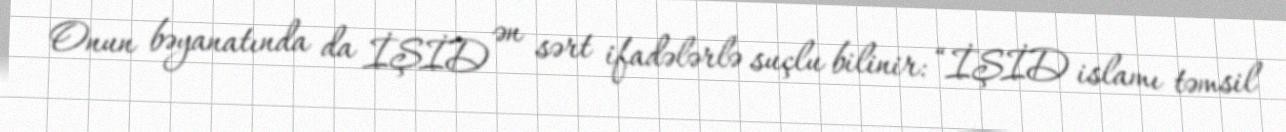
Onun bəyanatında da İŞİD ən sərt ifadələrlə suçlu bilinir: “İŞİD islamı təmsil